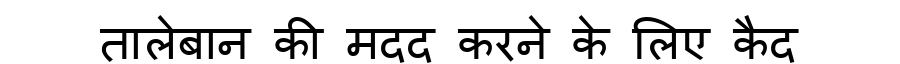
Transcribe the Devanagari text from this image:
तालेबान की मदद करने के लिए कैद